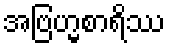
အဗြဟ္မစာရိဿ